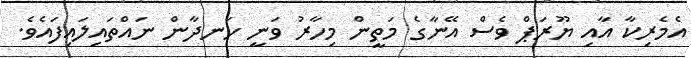
އެމެރިކާ އާއި ޔޫރަޕް ވެސް އޭނާގެ މަތީން މިހާރު ވަނީ ހަނދާން ނައްތައިލައިފައެވެ.